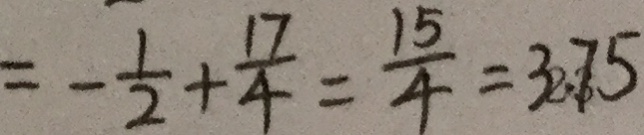
= - \frac { 1 } { 2 } + \frac { 1 7 } { 4 } = \frac { 1 5 } { 4 } = 3 . 7 5